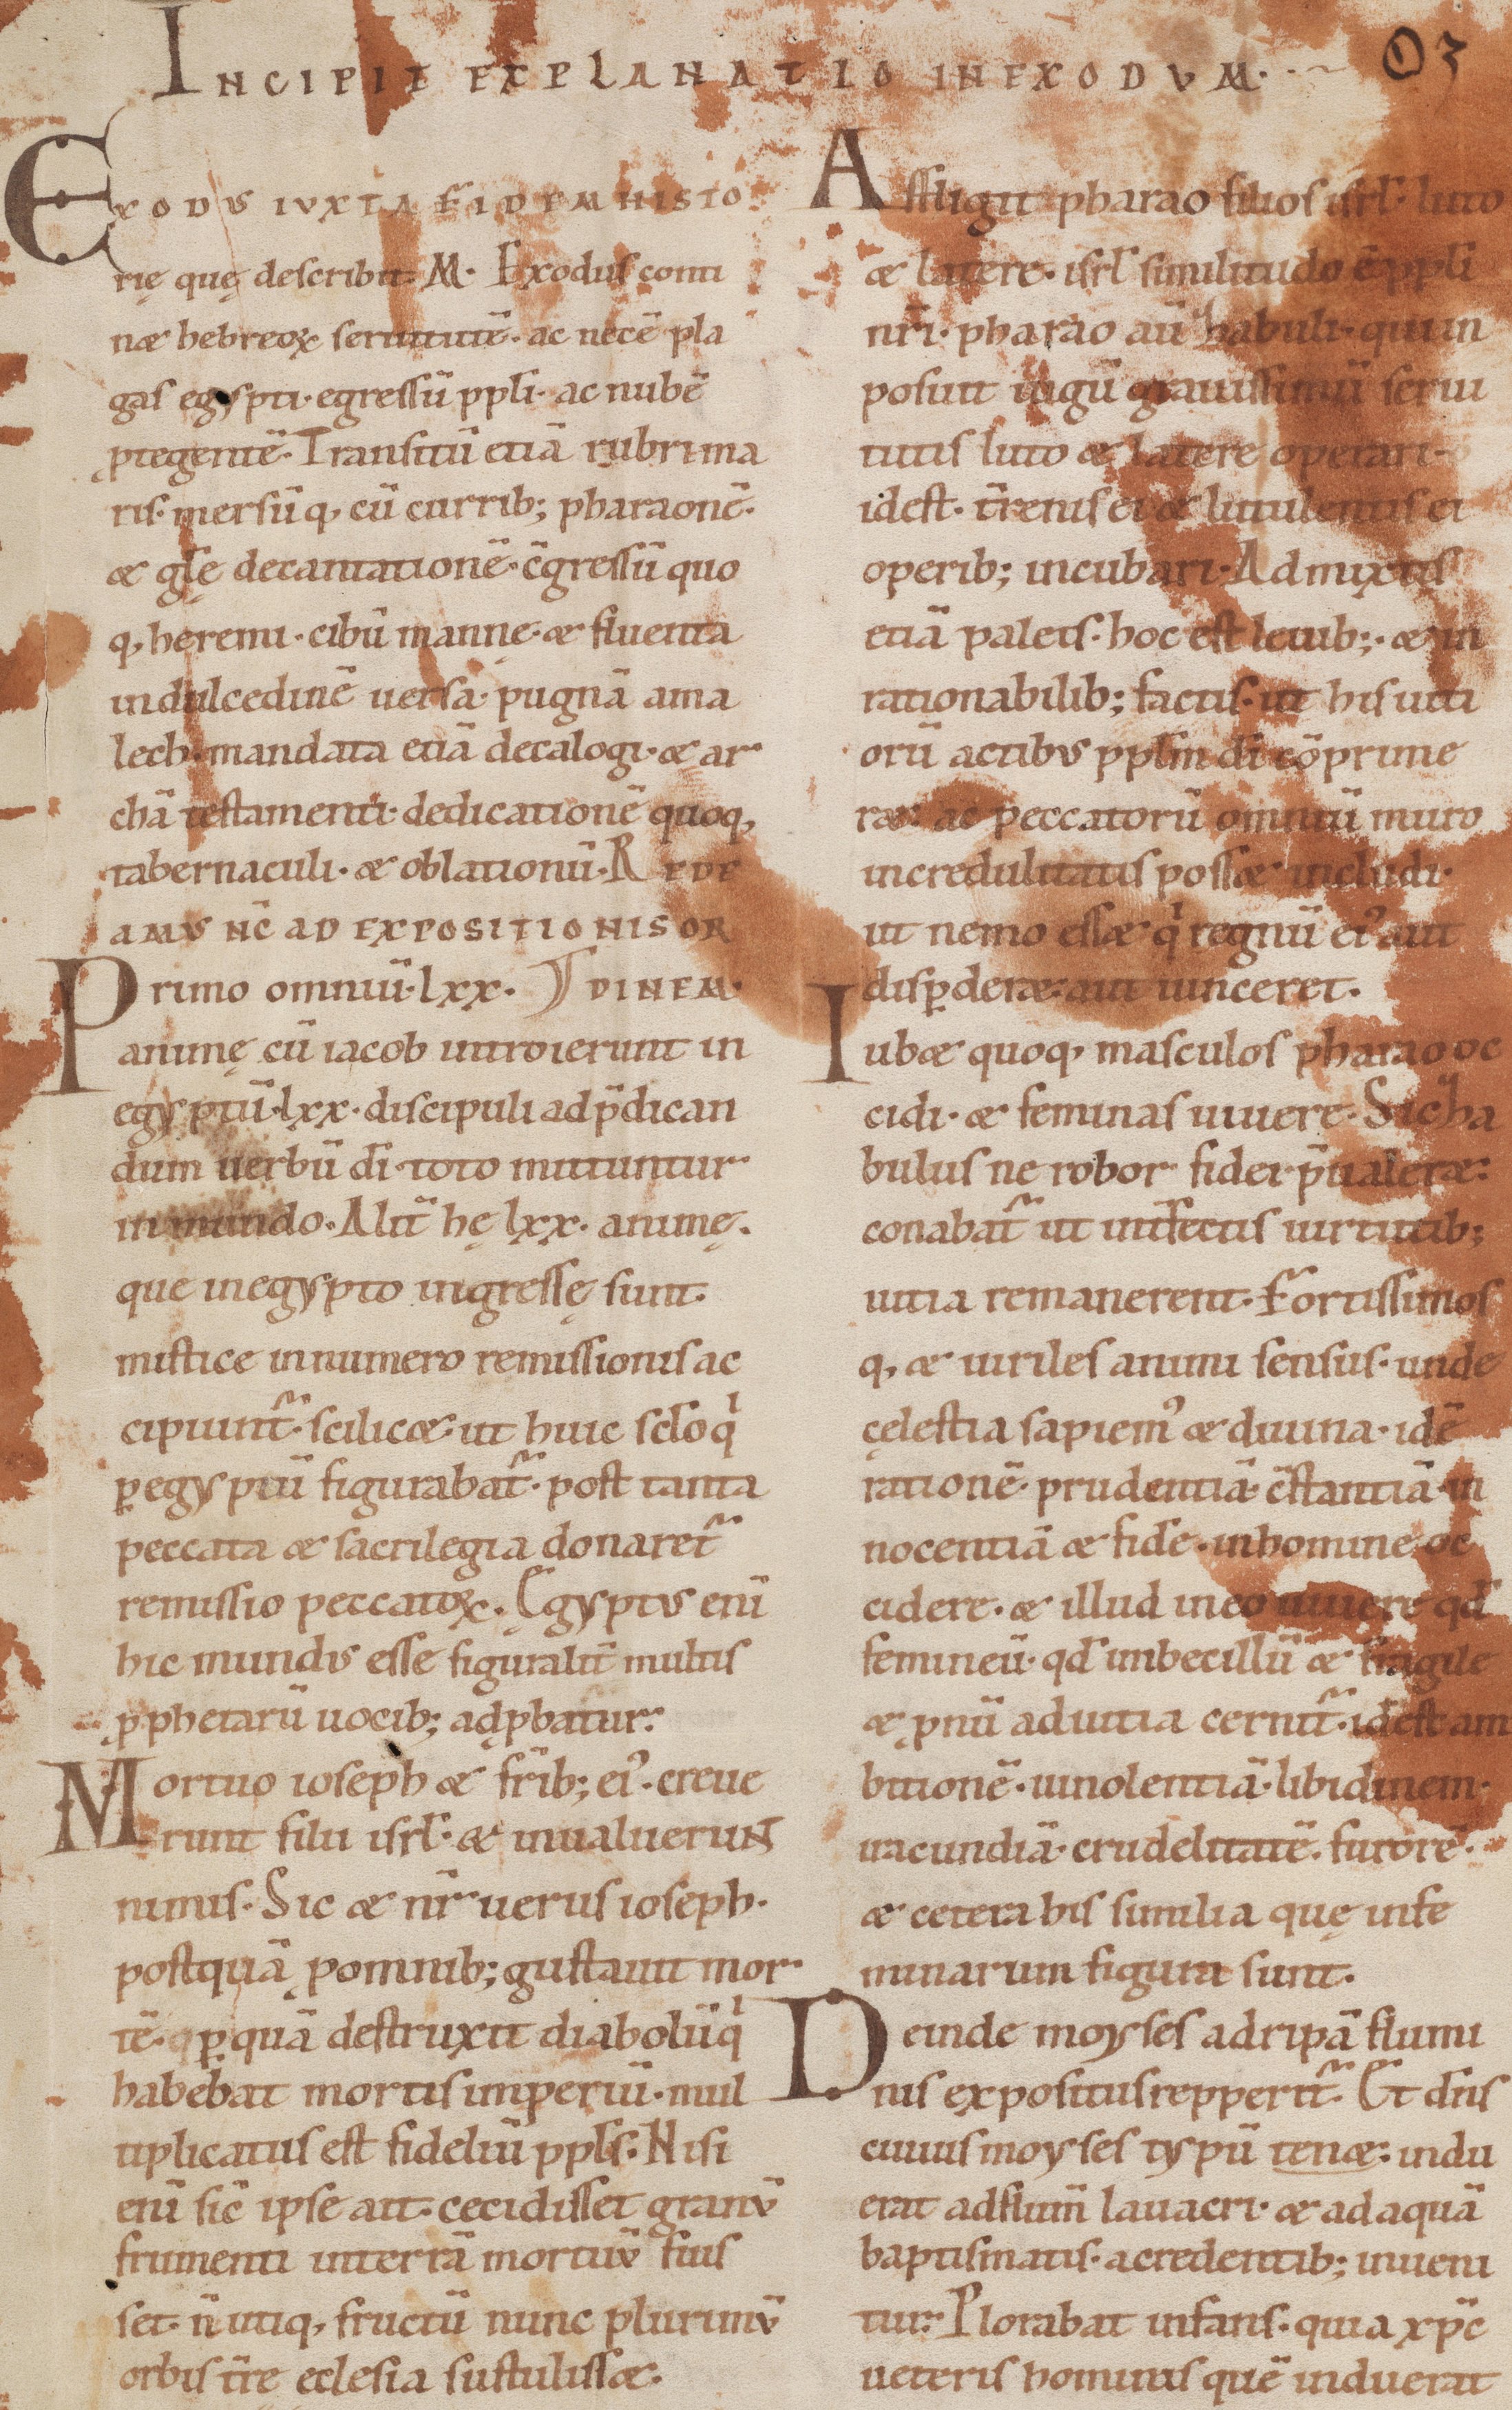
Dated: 1100–1199